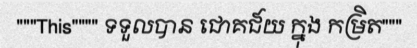
"""This"""" ទទួលបាន ជោគជ៍យ ក្នុង កម្រិត"""